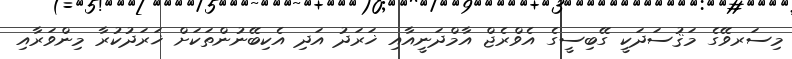
މިސަރވޭގެ މަޤުސަދަކީ ގޭބިސީގެ އެވްރެޖް އާމްދަނީއާއި ޚަރަދު އަދި އެކިބޭނުންތަކަށް ޚަރަދުކުރާ މިންވަރާއި